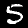
Digit: 5